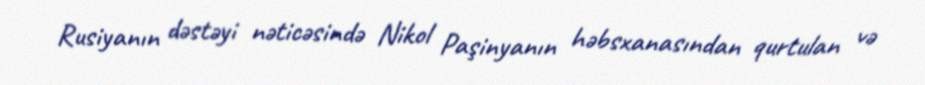
Rusiyanın dəstəyi nəticəsində Nikol Paşinyanın həbsxanasından qurtulan və